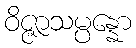
ဝိဇ္ဇာသမ္ပန္နော